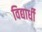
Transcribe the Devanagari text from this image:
विद्यार्धी